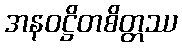
အနဝဋ္ဌိတစိတ္တဿ